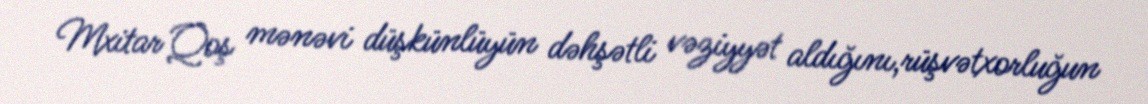
Mxitar Qoş mənəvi düşkünlüyün dəhşətli vəziyyət aldığını,rüşvətxorluğun